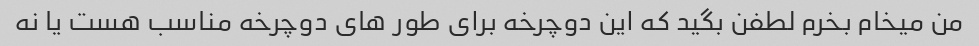
من میخام بخرم لطفن بگید که این دوچرخه برای طور های دوچرخه مناسب هست یا نه